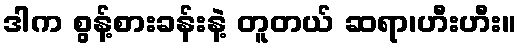
ဒါက စွန့်စားခန်းနဲ့ တူတယ် ဆရာ၊ဟီးဟီး။